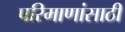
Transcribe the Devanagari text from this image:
परिमाणांसाठी